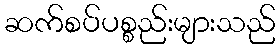
ဆက်စပ်ပစ္စည်းများသည်